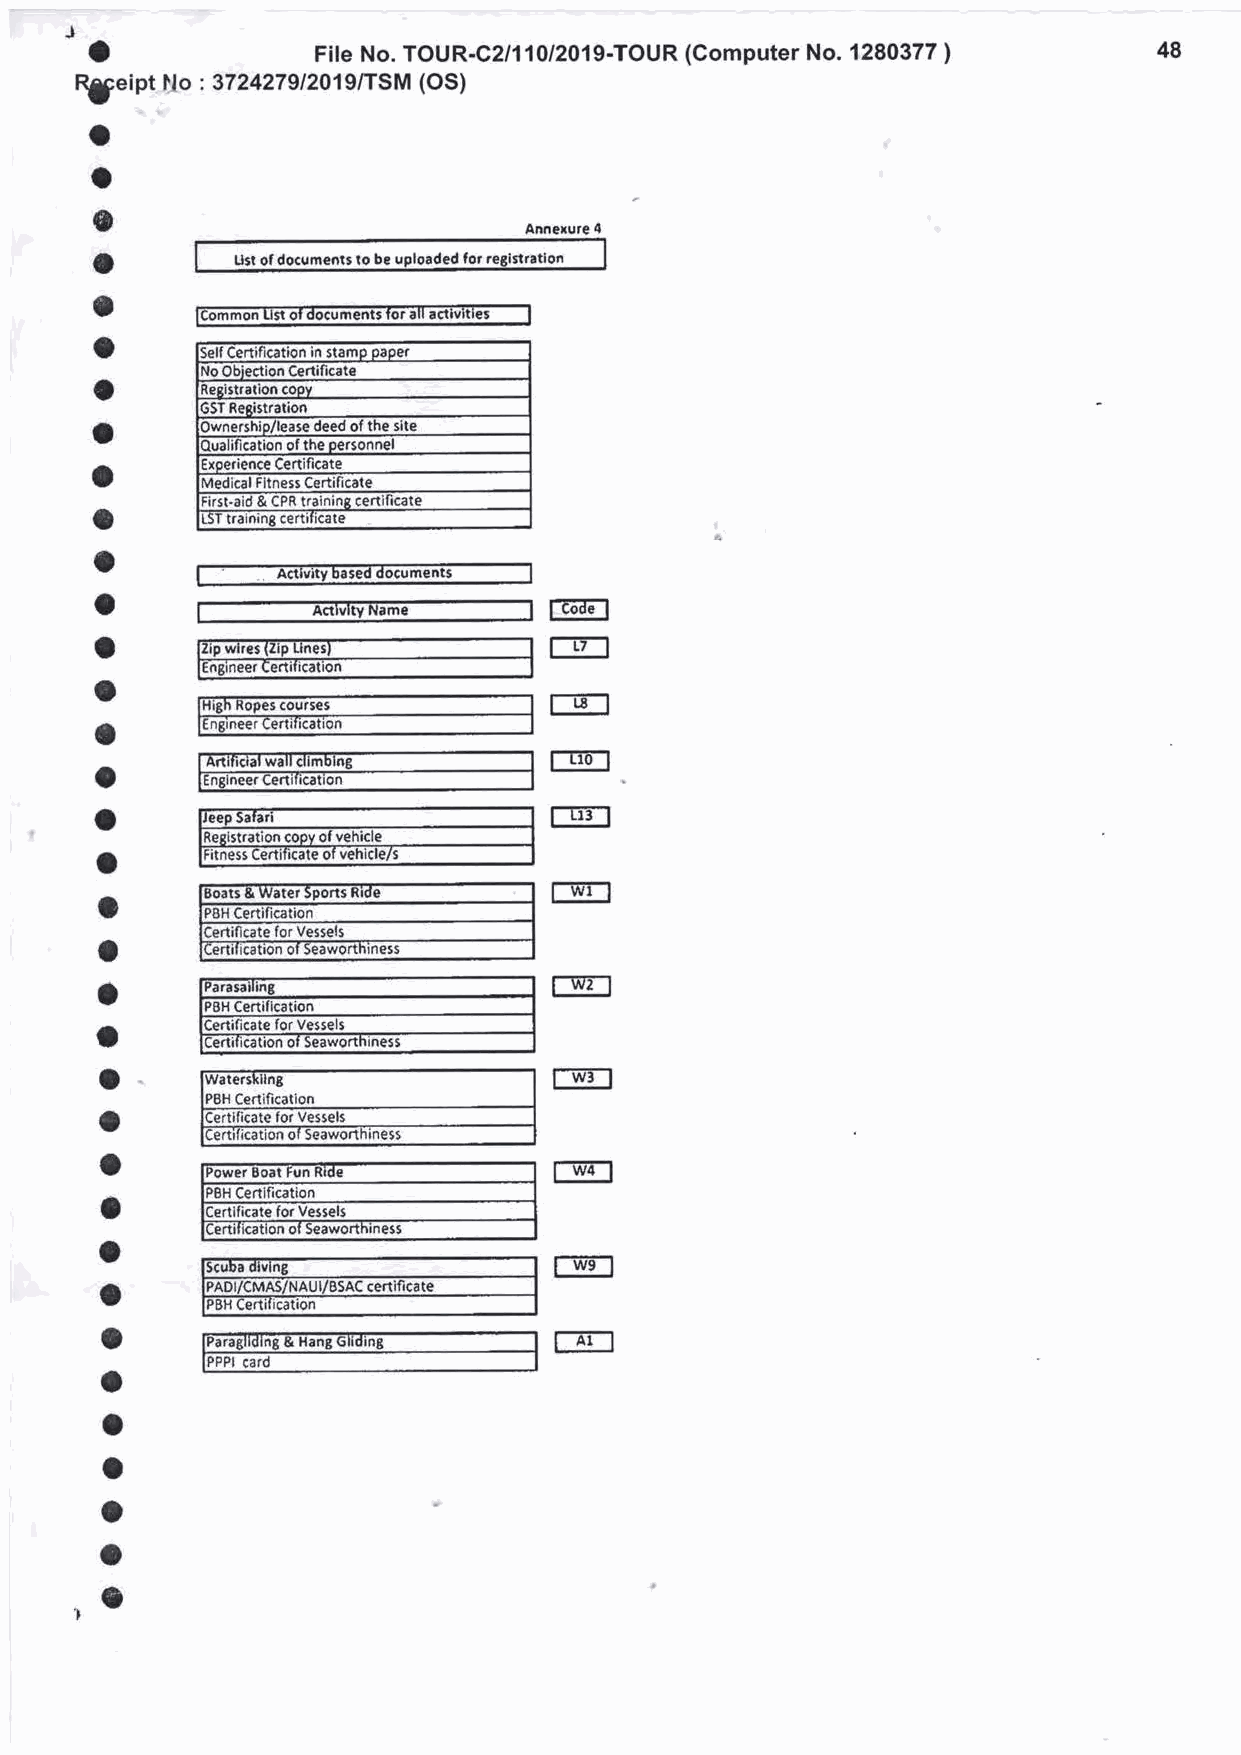
a
 Fite No. TOUR-C2/110I2019-TOUR (Computer No. 1280377 )  48
 fi,5:eint tlo : 3724279/2019/TSM (OS)
 a
 o
 o
 Annexure 4
 a
 ust of docum€ots to be uploaded for
 a
 o
 o
 a
 o
 o
 o
 I    Activity based documents I
 o
 o                             l-ii-]
 o
 t--l
 1 Xopes courses
 a        nJirc?rTe]iilicJffi
 rri6-l
 o
 rrl
 o
 o
 rr-l
 o
 o
 fEt
 O
 1
 a            )r Vessels
 o                             IT'I
 o
 for vessels
 o                             lr-l
 Power Boat Fun Ride
 a      PBH Certification
 Certificate for Vessels
 lertif ication ol Seaworthiness
 o
 1u,'1
 o
 a                             lFl
 HanE 6laclir
 o        car
 o
 o
 o
 o
 ,,(D